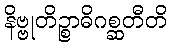
နိဗ္ဗုတိဉ္စာဓိဂစ္ဆတီတိ